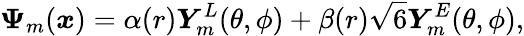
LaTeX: \boldsymbol{\Psi}_{m}(\boldsymbol{x})=\alpha(r)\boldsymbol{Y}_{m}^{L}(\theta,\phi)+\beta(r)\sqrt{6}\boldsymbol{Y}_{m}^{E}(\theta,\phi),